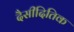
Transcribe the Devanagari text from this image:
दैसीदितिक